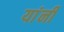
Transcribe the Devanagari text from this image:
यांंनी